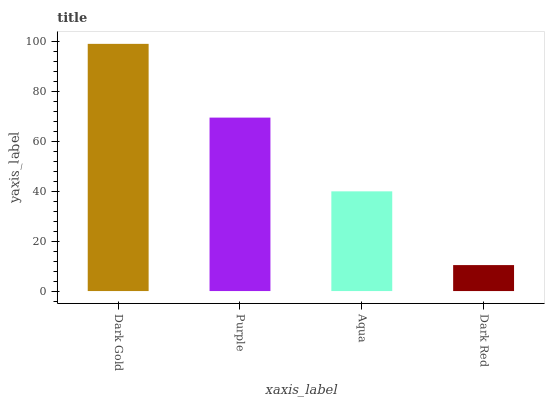
| xaxis_label | bars |
 | --- | --- |
 | Dark Gold | 99 |
 | Purple | 69.5 |
 | Aqua | 39.9 |
 | Dark Red | 10.4 |